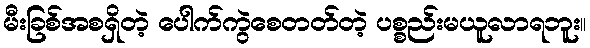
မီးခြစ်အစရှိတဲ့ ပေါက်ကွဲစေတတ်တဲ့ ပစ္စည်းမယူလာရဘူး။